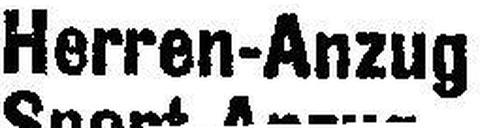
Herren-Anzug